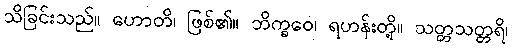
သိခြင်းသည်။ ဟောတိ၊ ဖြစ်၏။ ဘိက္ခဝေ၊ ရဟန်းတို့။ သတ္တသတ္တရိ၊